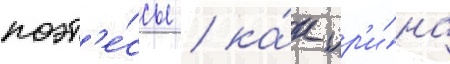
поэт'е́ссы / ка́к ир'и́на